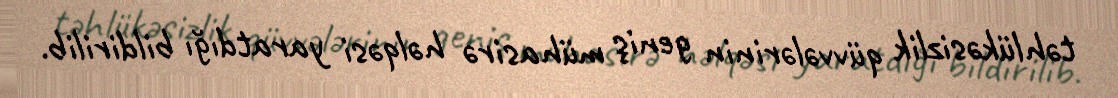
təhlükəsizlik qüvvələrinin geniş mühasirə həlqəsi yaratdığı bildirilib.